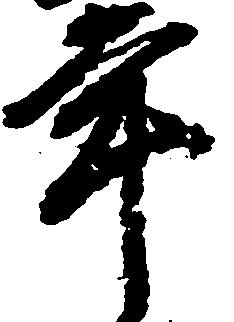
年